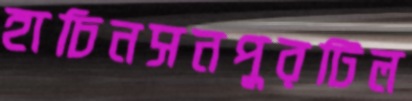
হাচিনসনপুরটিল